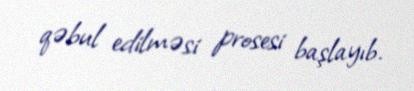
qəbul edilməsi prosesi başlayıb.